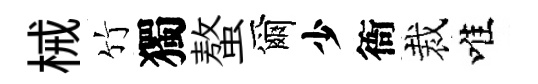
械竹獨螯爾少衙裁唯